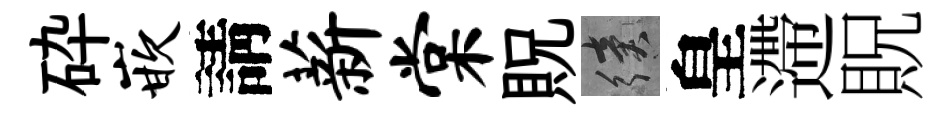
砕嵌請薪棠貺續皇遰貺